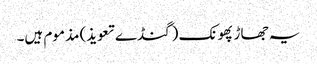
یہ جھاڑ پھونک (گنڈے تعویذ) مذموم ہیں۔